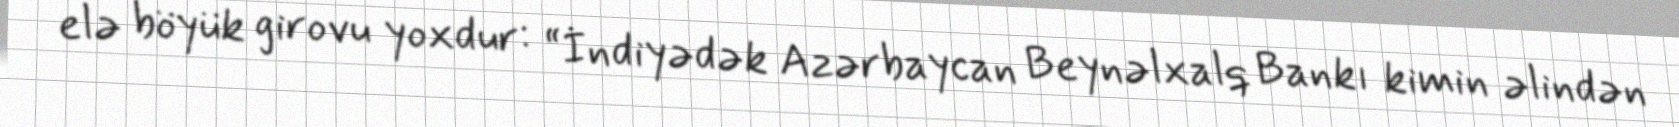
elə böyük girovu yoxdur: “İndiyədək Azərbaycan Beynəlxalq Bankı kimin əlindən